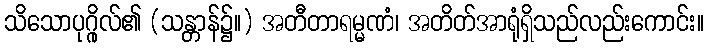
သိသောပုဂ္ဂိုလ်၏ (သန္တာန်၌။) အတီတာရမ္မဏံ၊ အတိတ်အာရုံရှိသည်လည်းကောင်း။